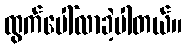
ထွက်ပေါ်လာခဲ့ပါတယ်။